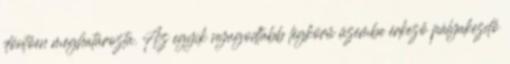
döntően meghatározta. Az egyik nyugodtabb légkörű üzembe érkező pályakezdő